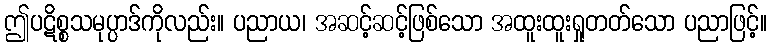
ဤပဋိစ္စသမုပ္ပာဒ်ကိုလည်း။ ပညာယ၊ အဆင့်ဆင့်ဖြစ်သော အထူးထူးရှုတတ်သော ပညာဖြင့်။